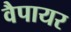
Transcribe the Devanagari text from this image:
वैपायर